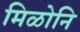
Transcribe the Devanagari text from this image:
मिळोनि